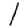
Digit: 1